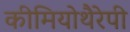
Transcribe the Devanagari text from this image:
कीमियोथैरेपी